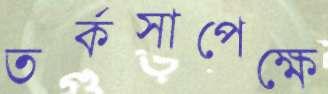
তর্কসাপেক্ষে